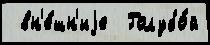
 вн'е́шн'иjе  Голубо́й